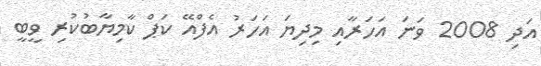
އަދި 2008 ވަނަ އަހަރާއި މިދިޔަ އަހަރު އެފްއޭ ކަޕް ކާމިޔާބުކުރި ވީބީ